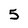
Character: 5